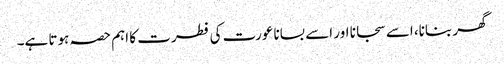
گھر بنانا، اسے سجانا اور اسے بسانا عورت کی فطرت کا اہم حصہ ہوتا ہے۔